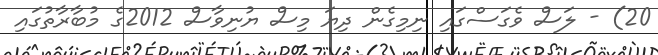
20) - ލަސް ވެގަސްގައި ނިމިގެން ދިޔަ މިސް ޔުނިވާސް 2012ގެ މުބާރާތުގައި